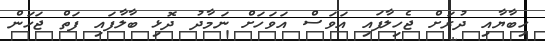
ހިބާޔާއި ދުރަށް ޖެހިލާފައި އަވަސް އަވަހަށް ނަމާދު ދޮޅި ބާލާފައި ފަތް ޖަހަން